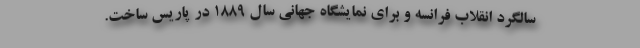
سالگرد انقلاب فرانسه و برای نمایشگاه جهانی سال ۱۸۸۹ در پاریس ساخت.